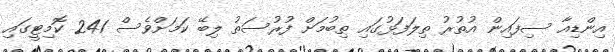
އިންޑިއާ ސިފައިން އުތުރު ތިލަފަޅުގައި ތިބުމަށް ފުރުސަތު ލިބޭ ކަމަށްވެސް 241 ކޮމިޓީގައި